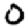
Digit: 0